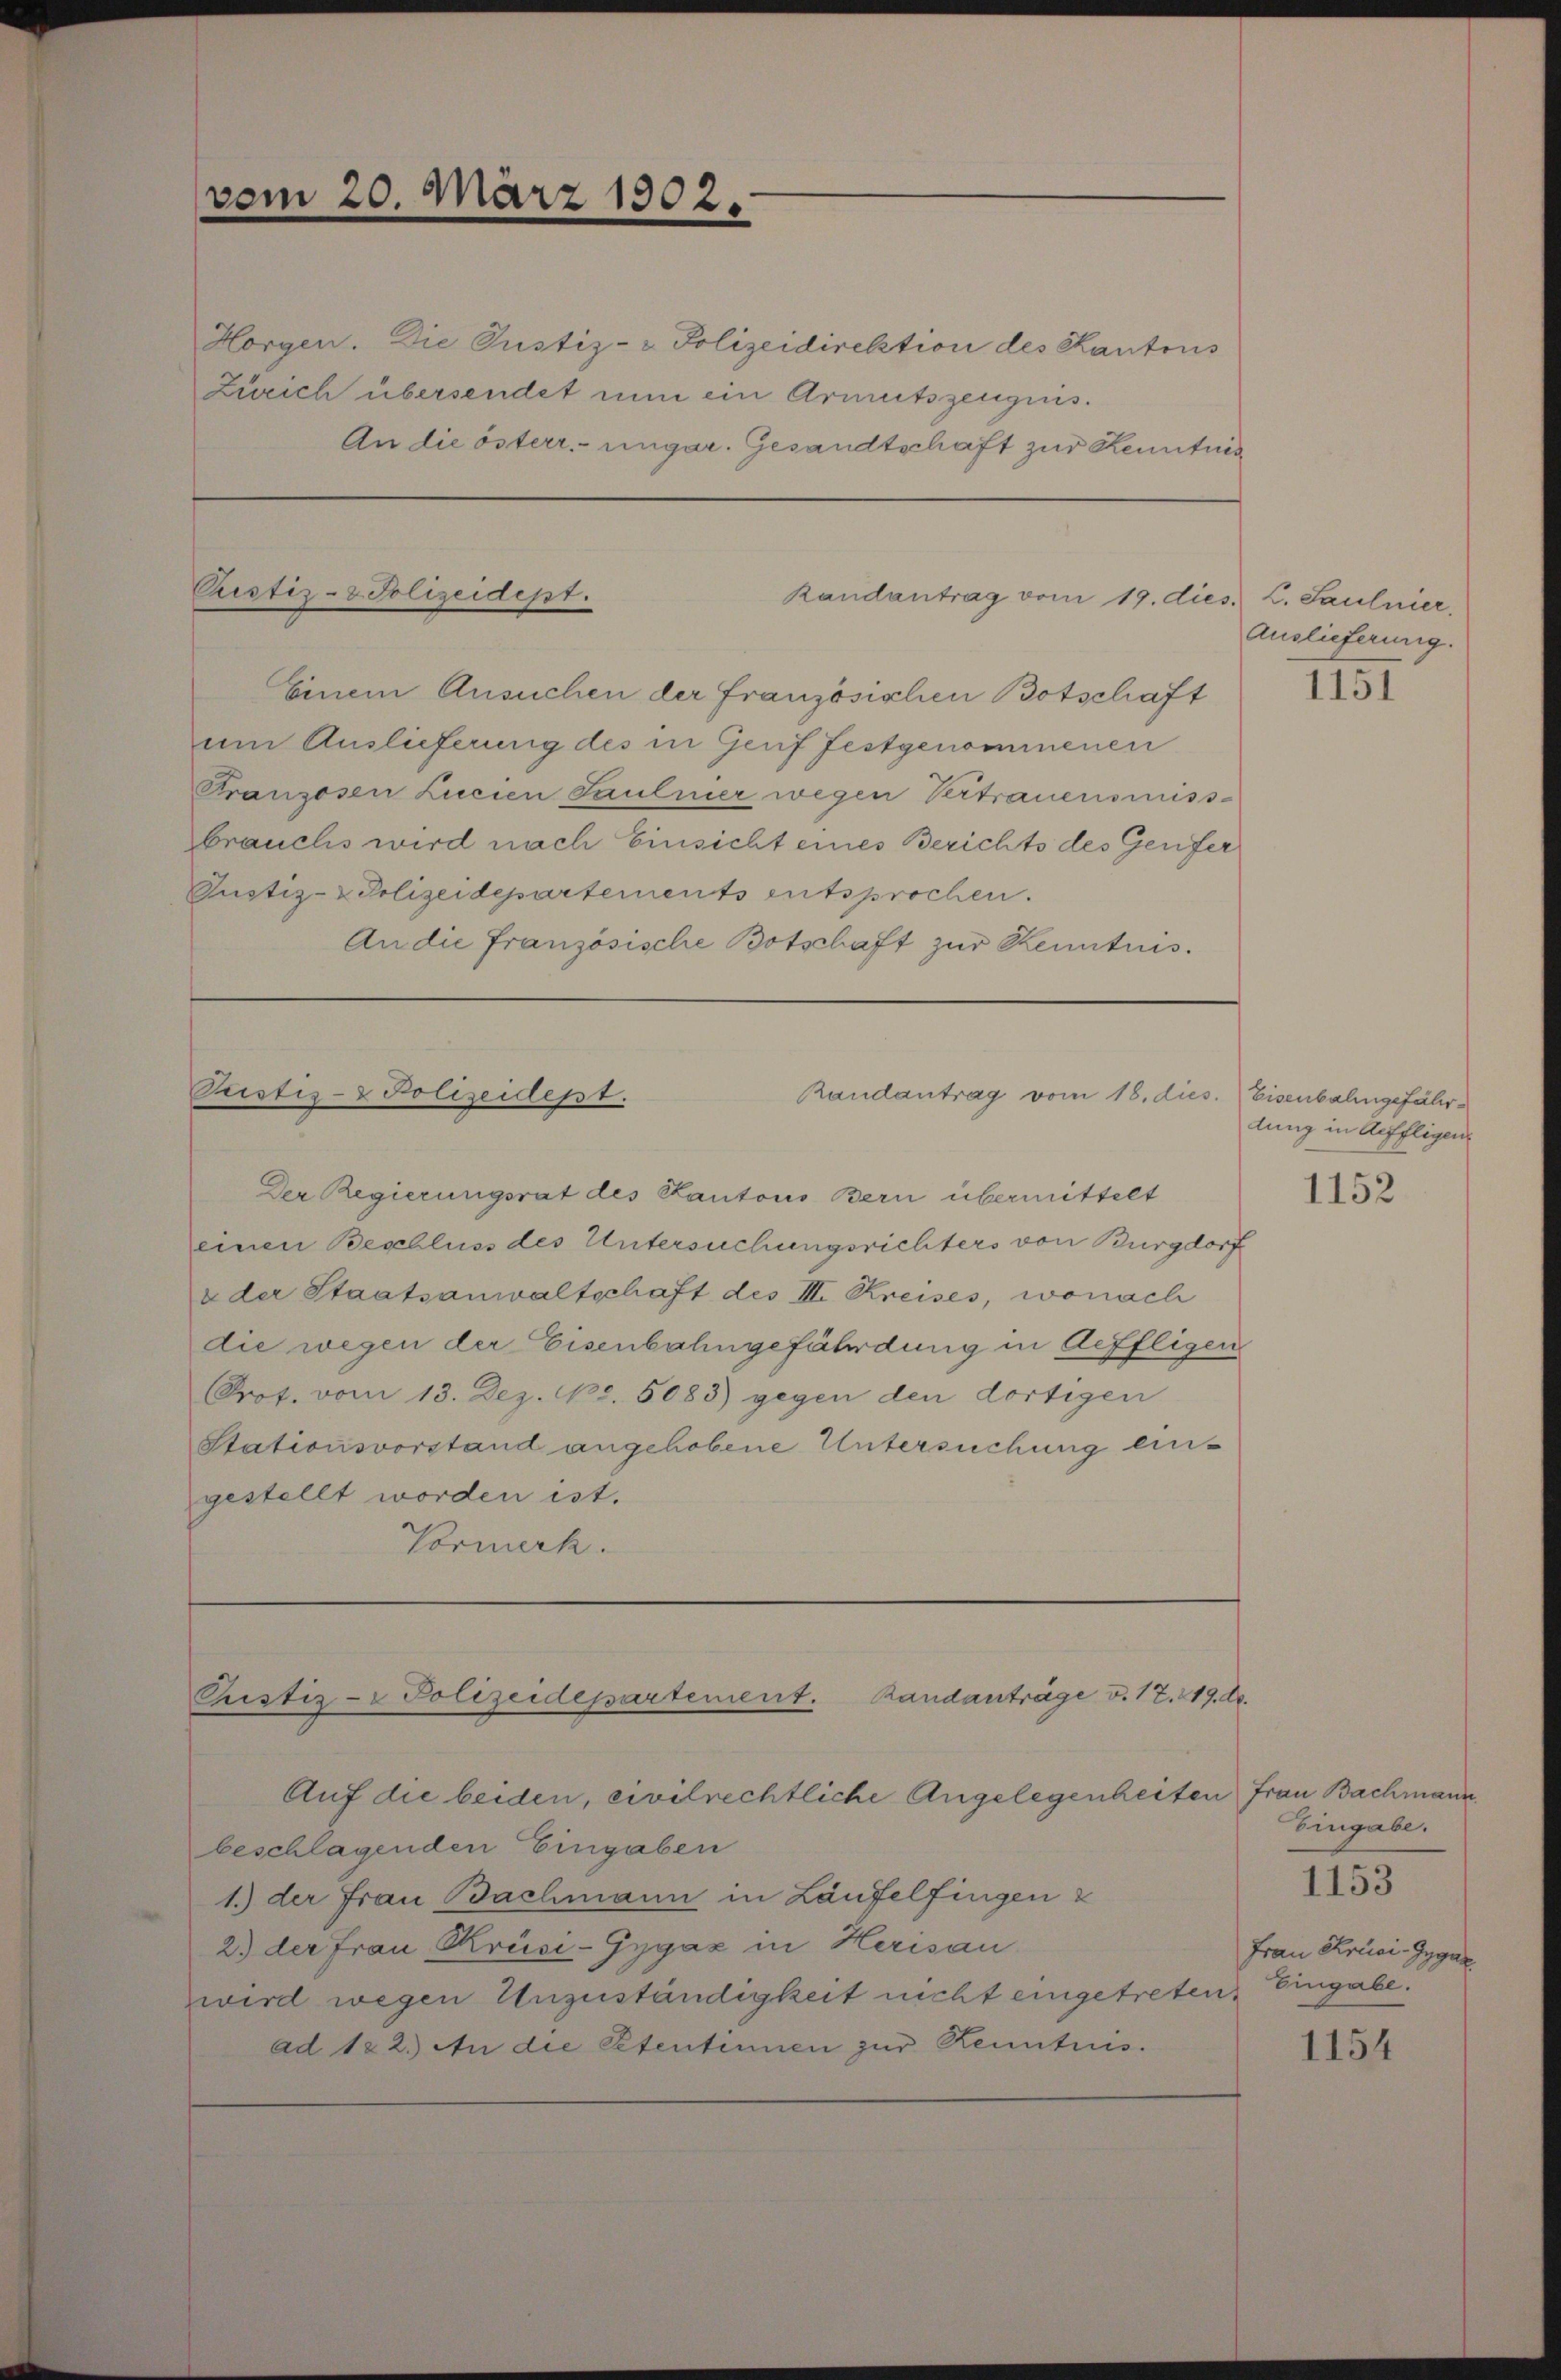
vom 20. März 1902.

Horgen. Die Justiz- & Polizeidirektion des Kantons
Zürich übersendet nun ein Armutszeugnis.
An die österr.-ungar. Gesandtschaft zur Kenntnis

Pustiz- & Polizeidept.
Randantrag vom 19. dies L. Saulnier,

Einem Ansuchen der Französischen Botschaft
um Auslieferung des in Genf festgenommenen
Franzosen Lucien Saulnier wegen Vertrauensmiss-
brauchs wird nach Einsicht eines Berichts des Genfer
Justiz- & Polizeidepartements entsprochen.
An die Französische Botschaft zur Kenntnis.

Pristis- & Polizeidept.
Randantrag vom 18. dies
Der Regierungsrat des Kantons Bern übermittelt

einen Beschluss des Untersuchungsrichters von Burgdorf
u der Staatsanwaltschaft des II. Kreises, wonach
die wegen der Eisenbahngefährdung in deffligen
Prot. vom 13. Dez. No. 5083) gegen den dortigen
Stationsvorstand angehobene Untersuchung eingestellt worden ist.
Vormerk.

Phistiz-Polizeidepartement. Randanträge v. 17. 219. d.
Auf die beiden, civilrechtliche Angelegenheiten Frau Bachmann.

beschlagenden Eingaben
1.) der Frau Bachmann in Läufelfingen z
2) der Frau Krüsi-Gygaz in Herisau
wird wegen Unzuständigkeit nicht eingetreten, Eingabe.
ad 122.) An die Petentinnen zur Kenntens.

Auslieferung.

1151

Eisenbalingefährdung in Aeffligen

1152

Eingabe.
Frau Cruci-Gygar

1153

1154